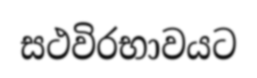
සථවිරභාවයට